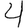
Digit: 4